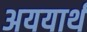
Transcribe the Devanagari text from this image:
अययार्थ